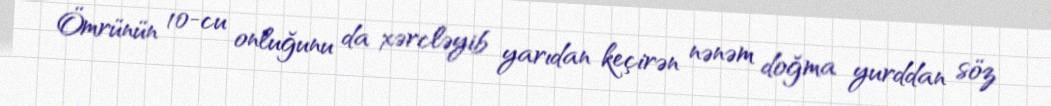
Ömrünün 10-cu onluğunu da xərcləyib yarıdan keçirən nənəm doğma yurddan söz